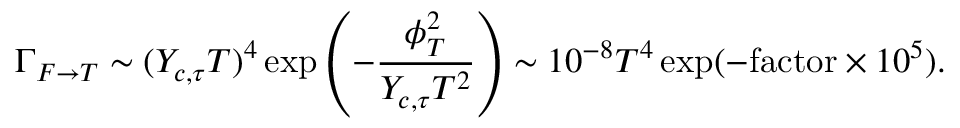
\Gamma _ { F \rightarrow T } \sim ( Y _ { c , \tau } T ) ^ { 4 } \exp \left( - \frac { \phi _ { T } ^ { 2 } } { Y _ { c , \tau } T ^ { 2 } } \right) \sim 1 0 ^ { - 8 } T ^ { 4 } \exp ( - \mathrm { f a c t o r } \times 1 0 ^ { 5 } ) .